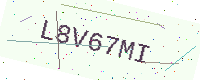
Text: L8V67MI